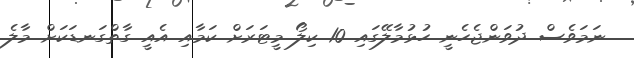
ނަމަވެސް ދުވަންޖެހެނީ ހުޅުމާލޭގައި 10 ކިލޯ މީޓަރަށް ކަމާއި އެއީ ގާތްގަނޑަކަށް މާލެ